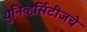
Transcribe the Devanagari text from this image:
युनिव्हर्सिटीजचे